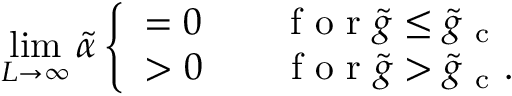
\operatorname* { l i m } _ { L \to \infty } \tilde { \alpha } \left\{ \begin{array} { l l } { = 0 \qquad \mathrm { ~ f ~ o ~ r ~ } \tilde { g } \leq \tilde { g } _ { \mathrm { ~ c ~ } } } \\ { > 0 \qquad \mathrm { ~ f ~ o ~ r ~ } \tilde { g } > \tilde { g } _ { \mathrm { ~ c ~ } } . } \end{array} \right.